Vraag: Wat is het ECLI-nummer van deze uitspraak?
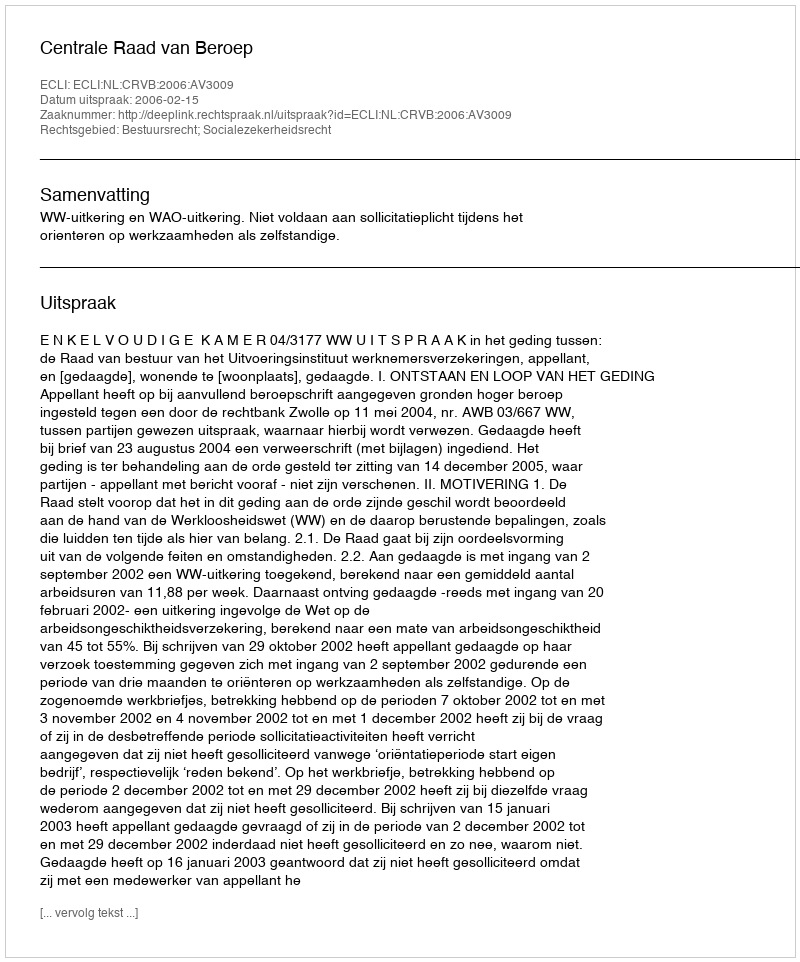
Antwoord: ECLI:NL:CRVB:2006:AV3009